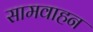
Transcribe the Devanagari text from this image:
सामवाहन